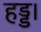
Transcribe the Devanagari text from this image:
हड्ड।